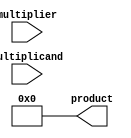
module booth_multiplier (
  input [7:0] multiplicand,
  input [7:0] multiplier,
  output reg [15:0] product
);

reg [7:0] a;
reg [7:0] m;
reg [3:0] count;

always @ (multiplicand or multiplier)
begin
  a = multiplicand;
  m = multiplier;
  product = 0;
  count = 4;
end

always @ (*)
begin
  case (m[1:0])
    2'b00: product = product + 0;
    2'b01: product = product + a;
    2'b10: product = product - a;
    2'b11: product = product - 0;
  endcase
  
  if (count > 0)
  begin
    if (product[0] == 0)
      product = product >> 1;
    else
      product = (product >> 1) + a;
      
    count = count - 1;
  end
end

endmodule